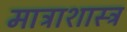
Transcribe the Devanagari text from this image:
मात्राशास्त्र